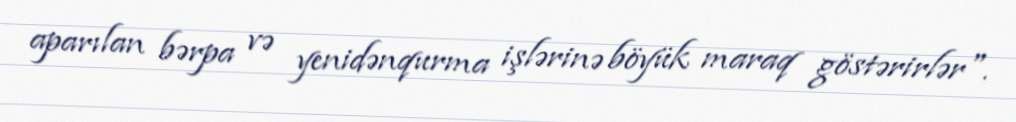
aparılan bərpa və yenidənqurma işlərinə böyük maraq göstərirlər".